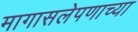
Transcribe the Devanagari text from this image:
मागासलेपणाच्या